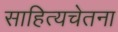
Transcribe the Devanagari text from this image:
साहित्यचेतना